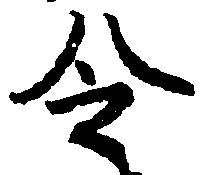
令